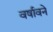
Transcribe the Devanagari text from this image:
वर्षावने